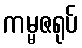
ကမ္မဇရုပ်